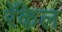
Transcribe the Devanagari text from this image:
रॅकेल